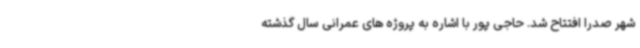
شهر صدرا افتتاح شد. حاجی پور با اشاره به پروژه های عمرانی سال گذشته